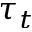
\tau _ { t }